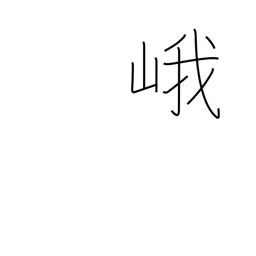
Meaning: high mountain